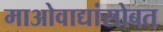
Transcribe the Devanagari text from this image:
माओवाद्यांसोबत